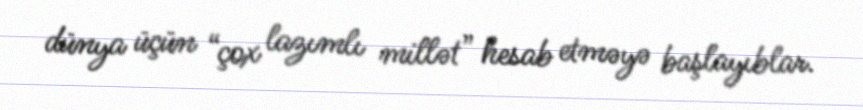
dünya üçün “çox lazımlı millət” hesab etməyə başlayıblar.